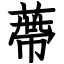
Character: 蔕